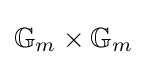
\mathbb {G} _{m}\times \mathbb {G} _{m}